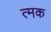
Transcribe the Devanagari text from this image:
त्मक